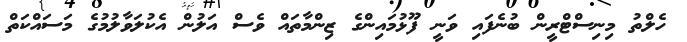
ހެލްތު މިނިސްޓްރީން ބުނެފައި ވަނީ ފޫޅުމައިންގެ ޒިންމާތައް ވެސް އަލުން އެކުލަވާލުމުގެ މަސައްކަތް